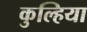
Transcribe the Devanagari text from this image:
कुल्हिया